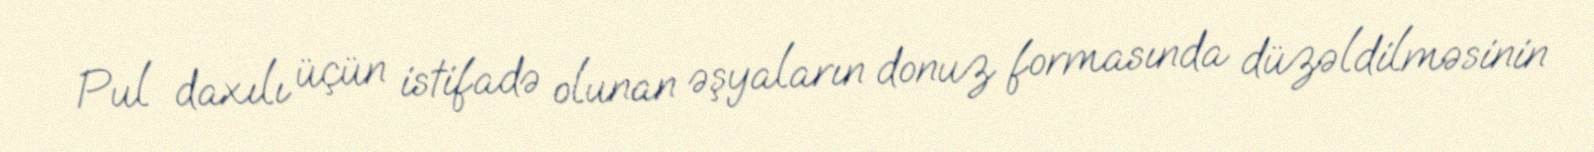
Pul daxılı üçün istifadə olunan əşyaların donuz formasında düzəldilməsinin